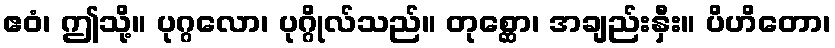
ဧဝံ၊ ဤသို့။ ပုဂ္ဂလော၊ ပုဂ္ဂိုလ်သည်။ တုစ္ဆော၊ အချည်းနှီး။ ပိဟိတော၊